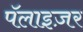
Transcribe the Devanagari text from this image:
पॅलाइज़र